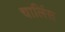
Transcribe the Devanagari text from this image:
चार्लिस